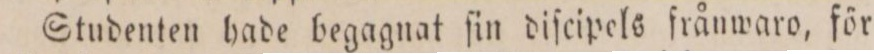
Studenten hade begagnat ſin diſcipels frånwaro, för